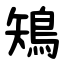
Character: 鴙